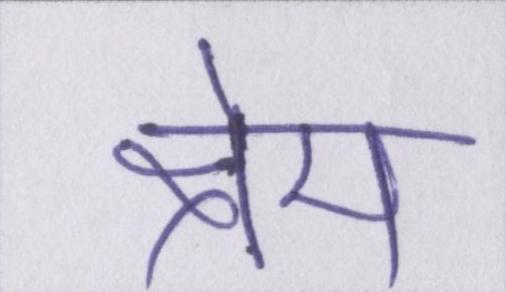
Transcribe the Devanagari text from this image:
क्षेम